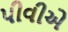
પીવીએ